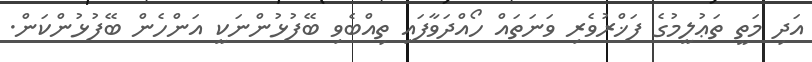
އަދި މަތީ ތަޢުލީމުގެ ފަޚްރުވެރި ވަނަތައް ހޯއްދަވާފައި ތިއްބެވި ބޭފުޅުންނަކީ އަންހެން ބޭފުޅުންކަން.